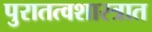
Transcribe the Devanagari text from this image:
पुरातत्वशास्त्रात